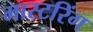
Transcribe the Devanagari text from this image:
मास्‍टरिंग